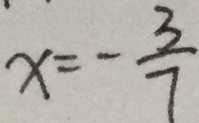
x = - \frac { 3 } { 7 }